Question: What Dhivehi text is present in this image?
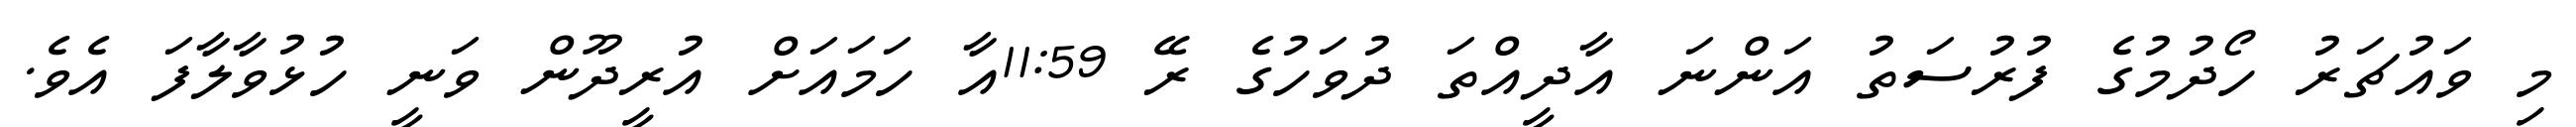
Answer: މި ވައުޗަރު ހޯދުމުގެ ފުރުސަތު އަންނަ އާދީއްތަ ދުވަހުގެ ރޭ 11:59އާ ހަމައަށް އުރީދޫން ވަނީ ހުޅުވާލާފަ އެވެ.